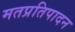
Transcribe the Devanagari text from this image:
मतप्रतिपादन